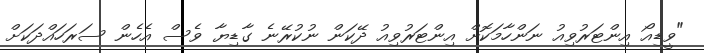
"ވީޑިއޯ އިންޓަރުވިއު ނަންހާމަކޮށް އިންޓަރުވިއު ދޭކަން ނުކުރޭނެ ގާޑިޔާ ވެސް އެހެން ސަރަހައްދަކަށް